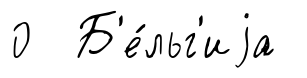
0 Б'е́льг'иjа